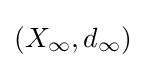
(X_{\infty },d_{\infty })